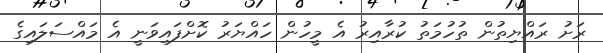
ރަށު ރައްޔިތުން ތުހުމަތު ކުރާއިރު އެ މީހުން ހައްޔަރު ކޮށްފައިވަނީ އެ މައްސަލައިގެ